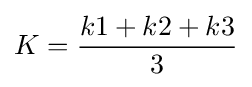
K={\frac {k1+k2+k3}{3}}